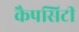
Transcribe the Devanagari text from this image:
कैपसिटी